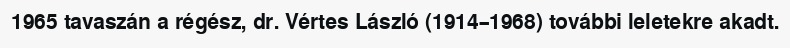
1965 tavaszán a régész, dr. Vértes László (1914–1968) további leletekre akadt.